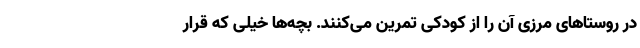
در روستاهای مرزی آن را از کودکی تمرین می‌کنند. بچه‌ها خیلی که قرار